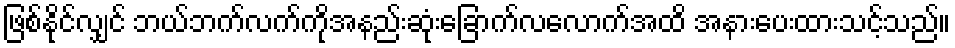
ဖြစ်နိုင်လျှင် ဘယ်ဘက်လက်ကိုအနည်းဆုံးခြောက်လလောက်အထိ အနားပေးထားသင့်သည်။